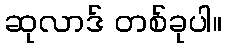
ဆုလာဒ် တစ်ခုပါ။